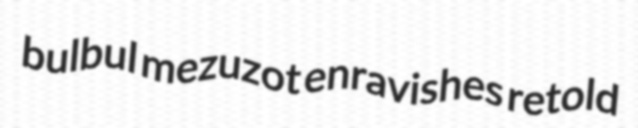
bulbul mezuzot enravishes retold